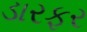
ડારફર